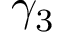
\gamma _ { 3 }